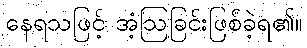
နေရသဖြင့် အံ့ဩခြင်းဖြစ်ခဲ့ရ၏။